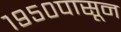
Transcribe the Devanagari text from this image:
१९५०पासून